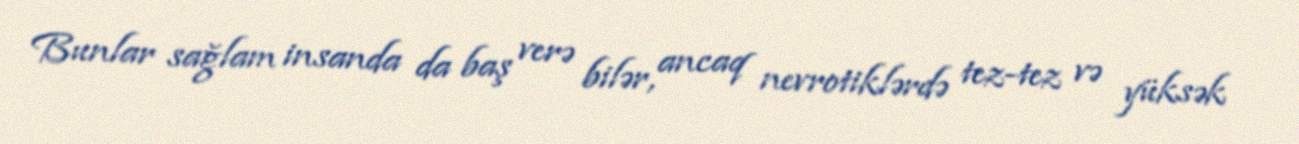
Bunlar sağlam insanda da baş verə bilər, ancaq nevrotiklərdə tez-tez və yüksək